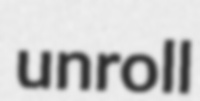
unroll